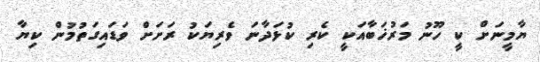
ޔާމީނަށް ކީ ހޫނު މަރުޚަބާއަކީ ކެރި ކުޅަދާނަ ވެރިޔަކު ރަށަށް ވަޑައިގަތުމުން ކިޔާ